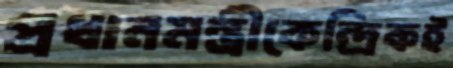
প্রধানমন্ত্রীকেন্দ্রিকই